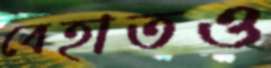
বেহাতও